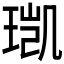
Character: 𮴥